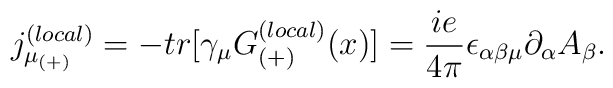
{j_{\mu_{(+)}}^{(local)}}= -tr[\gamma_{\mu}G_{(+)}^{(local)}(x)]=\frac{ie}{4\pi}\epsilon_{\alpha\beta\mu}\partial_{\alpha}A_{\beta}.